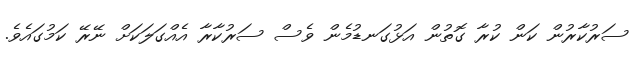
ސަރުކާރުން ކަން ކުރާ ގޮތުން އަޅުގަނޑުމެން ވެސް ސަރުކާރާ އެއްގަލަކަށް ނޭރޭ ކަމުގައެވެ.